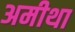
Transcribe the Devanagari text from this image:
अमीथा